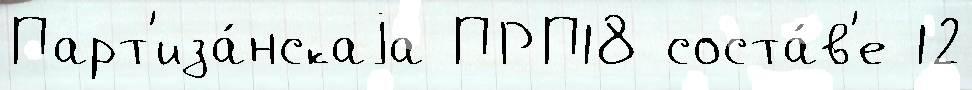
Парт'иза́нскаjа ПРП18 соста́в'е 12